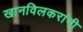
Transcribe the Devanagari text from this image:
खानविलकरांनी